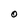
Character: O